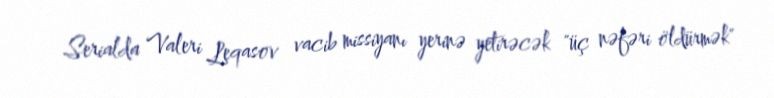
Serialda Valeri Leqasov vacib missiyanı yerinə yetirəcək "üç nəfəri öldürmək"